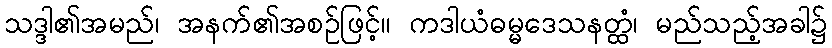
သဒ္ဒါ၏အမည်၊ အနက်၏အစဉ်ဖြင့်။ ကဒါယံဓမ္မဒေသနတ္ထံ၊ မည်သည့်အခါ၌